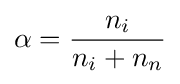
\alpha ={\frac {n_{i}}{n_{i}+n_{n}}}